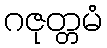
ဂဇုတ္တမံ